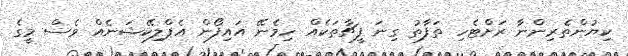
ކިޔުންތެރިންނާ ރަށްޓެހި ތަފާތު ގިނަ ފީޗާތަކެއް ހިމެނޭ އައިފޯން އެޕްލިކޭޝަނެއް ވެސް މީގެ